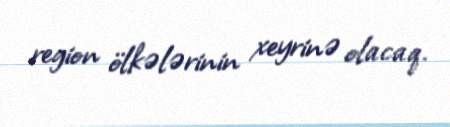
region ölkələrinin xeyrinə olacaq.